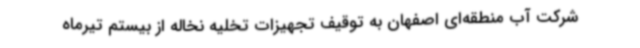
شرکت آب منطقه‌ای اصفهان به توقیف تجهیزات تخلیه نخاله از بیستم تیرماه